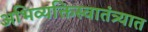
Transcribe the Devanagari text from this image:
अभिव्यक्तिस्वातंत्र्यात